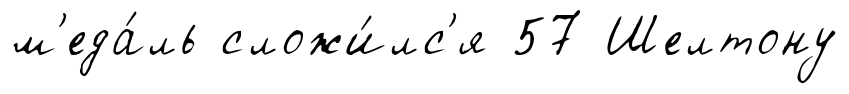
м'еда́ль сложи́лс'я 57 Шелтону